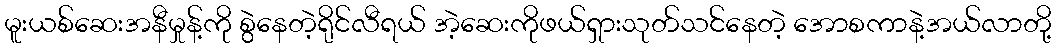
မူးယစ်ဆေးအနီမှုန့်ကို စွဲနေတဲ့ရိုင်လီရယ် အဲ့ဆေးကိုဖယ်ရှားသုတ်သင်နေတဲ့ အောစကာနဲ့အယ်လာတို့